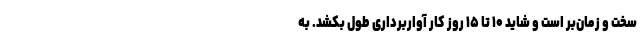
سخت و زمان‌بر است و شاید ۱۰ تا ۱۵ روز کار آواربرداری طول بکشد. به